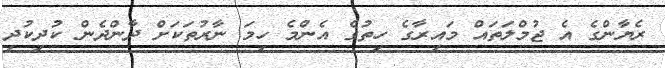
ރެޔާންގެ އެ ޖުމްލަތައް މައިރާގެ ހިތުގެ އެންމެ ހިމަ ނާރުތަކަށް ދާންދެން ކުދިކުދި